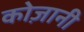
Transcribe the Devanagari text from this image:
कोज़ानी